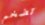
تضخم